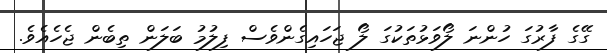
ގޭގެ ފާރުގަ ހުންނަ ލޯވަޅުތަކުގަ ލޯ ޖަހައިގެންވެސް ފިލުމު ބަލަން ތިބެން ޖެހެއެވެ.